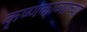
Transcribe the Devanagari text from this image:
कृष्णकाव्याच्या